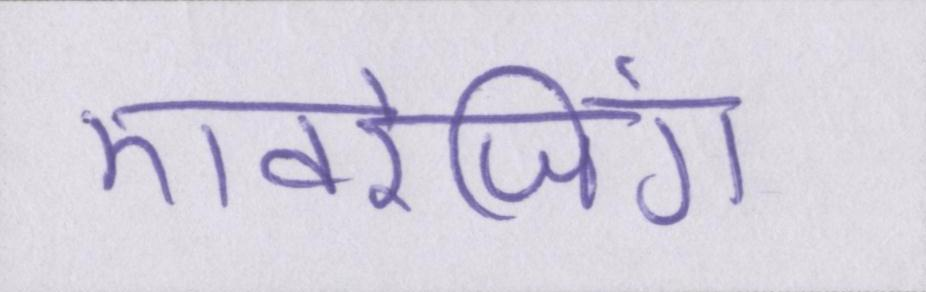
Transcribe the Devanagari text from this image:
एवरेजिंग